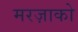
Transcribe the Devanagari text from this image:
मरज़ाको